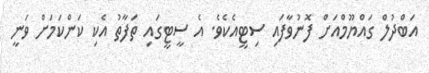
އަބްދުލް ގައްޔޫމްއަށް ފޮނުވާފައި ސިޓީއެެކެވެ. އެ ސީޓީގައި ތަފާތު އެކި ކަންކަމަށް ވަނީ